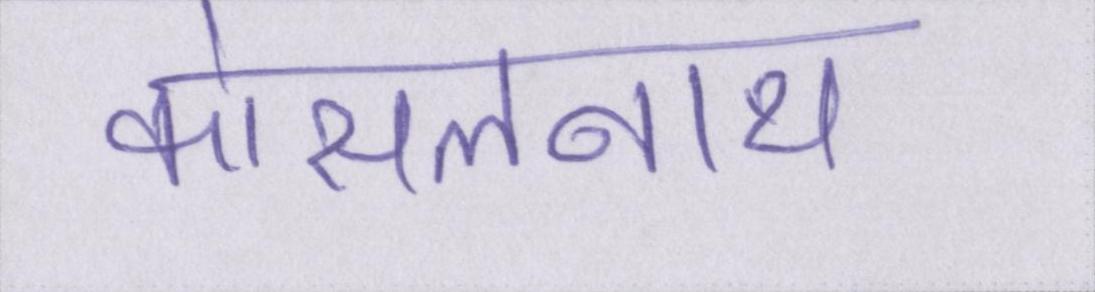
कोसलनाथ